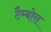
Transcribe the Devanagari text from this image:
टैम्बोरा